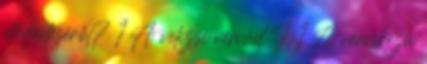
elterjedéséről? 1 A velizsi vérvád I. 1 A véreskezű